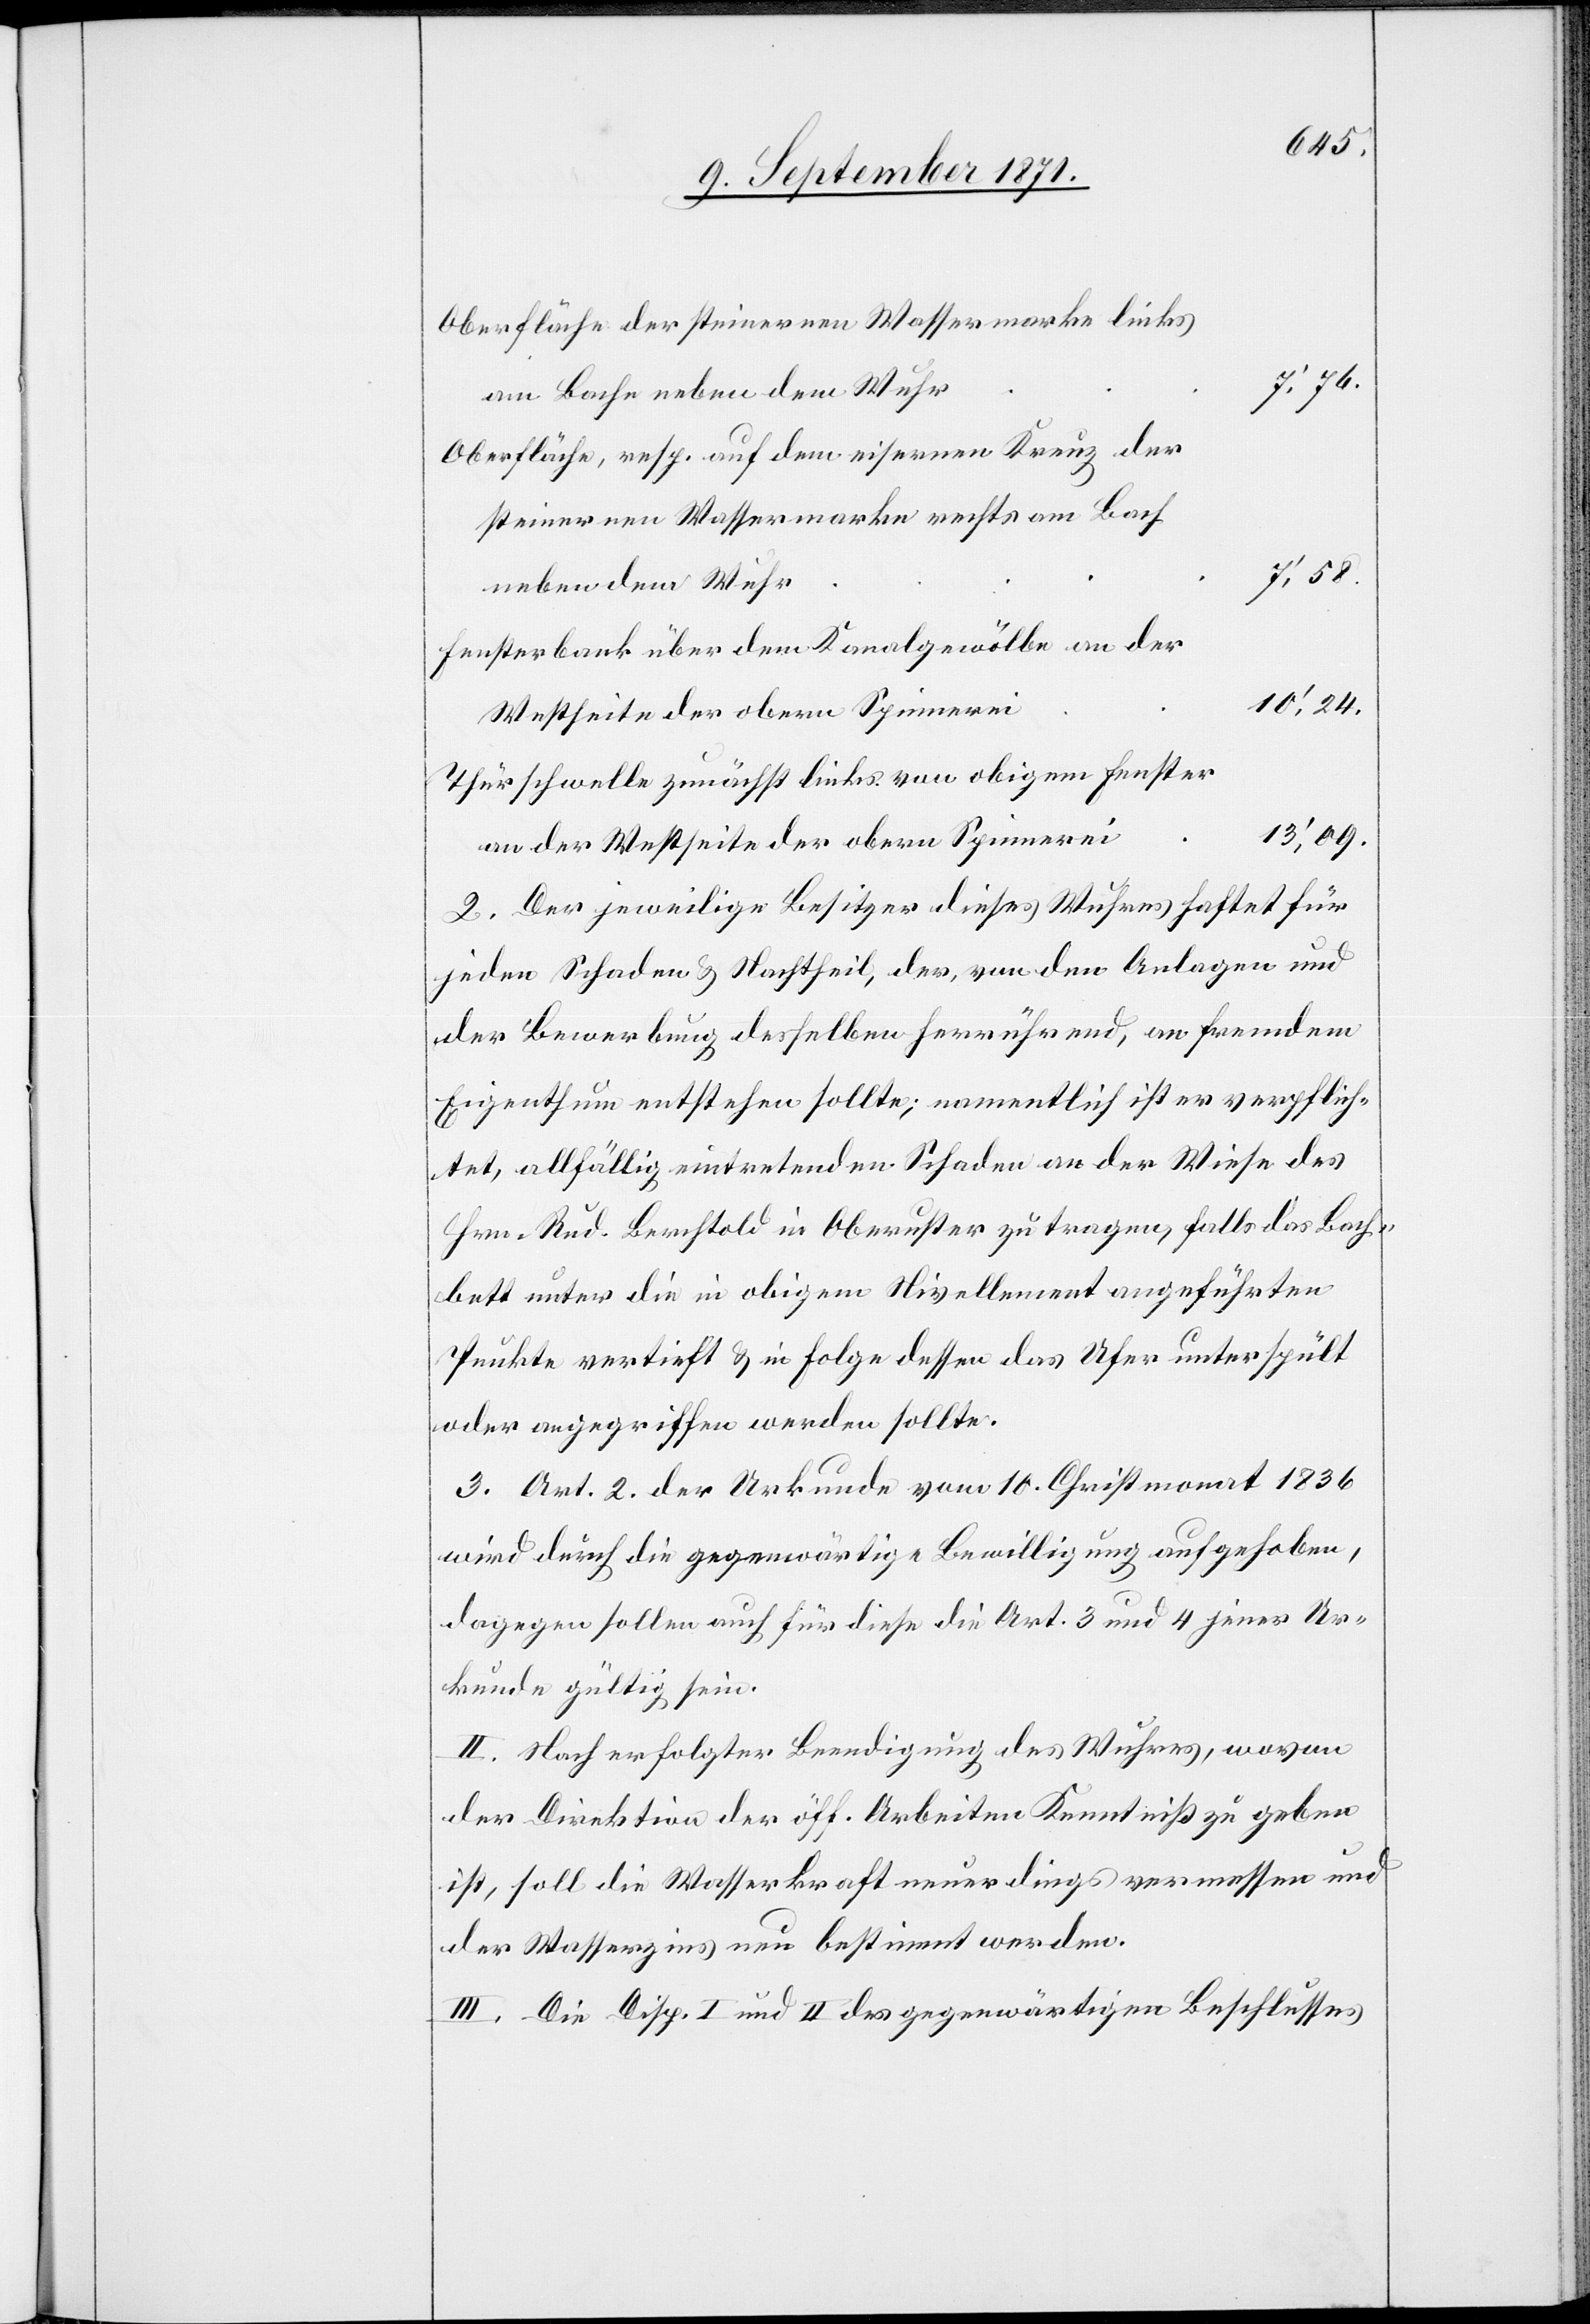
Oberfläche der steinernen Wasserwerke links
am Bache neben dem Wuhr
Oberfläche, resp. auf dem eisernen Kreuz der
steinernen Wassermarke rechts am Bach
ueber dem Wuhr
Fensterbank über dem Kanalgewölbe an der
Westseite der obern Spinnerei
Thürschwelle zunächst links von obigem Fenster
13’,09.
an der Westseite der obern Spinnerei
2. Der jeweilige Besitzer dieses Wuhres haftet für
jeden Schaden & Nachtheil, der, von den Anlagen und
der Bewerbung derselben herrührend, an fremdem
Eigenthum entstehen sollte; namentlich ist er verpflich¬
tet, allfällig eintretenden Schaden an der Wiese des
Hrn. Rud. Berchtold in Oberuster zu tragen, falls das Bach¬
bett unter die in obigem Nivellement angeführten
Punkte vertieft & in Folge dessen das Ufer unterspült
oder angegriffen werden sollte.
3. Art. 2. der Urkunde vom 10. Christmonat 1836
wird durch die gegenwärtige Bewilligung aufgehoben,
dagegen sollen auch für diese die Art. 3 und 4 jener Ur¬
kunde gültig sein.
II. Nach erfolgter Beendigung des Wuhres, wovon
der Direktion der öff. Arbeiten Kenntniß zu geben
ist, soll die Wasserkraft neuerdings vermessen und
der Wasserzins neu bestimmt werden.
III. Die Disp. I und II des gegenwärtigen Beschlusses